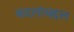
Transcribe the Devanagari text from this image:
बदलांबद्दल